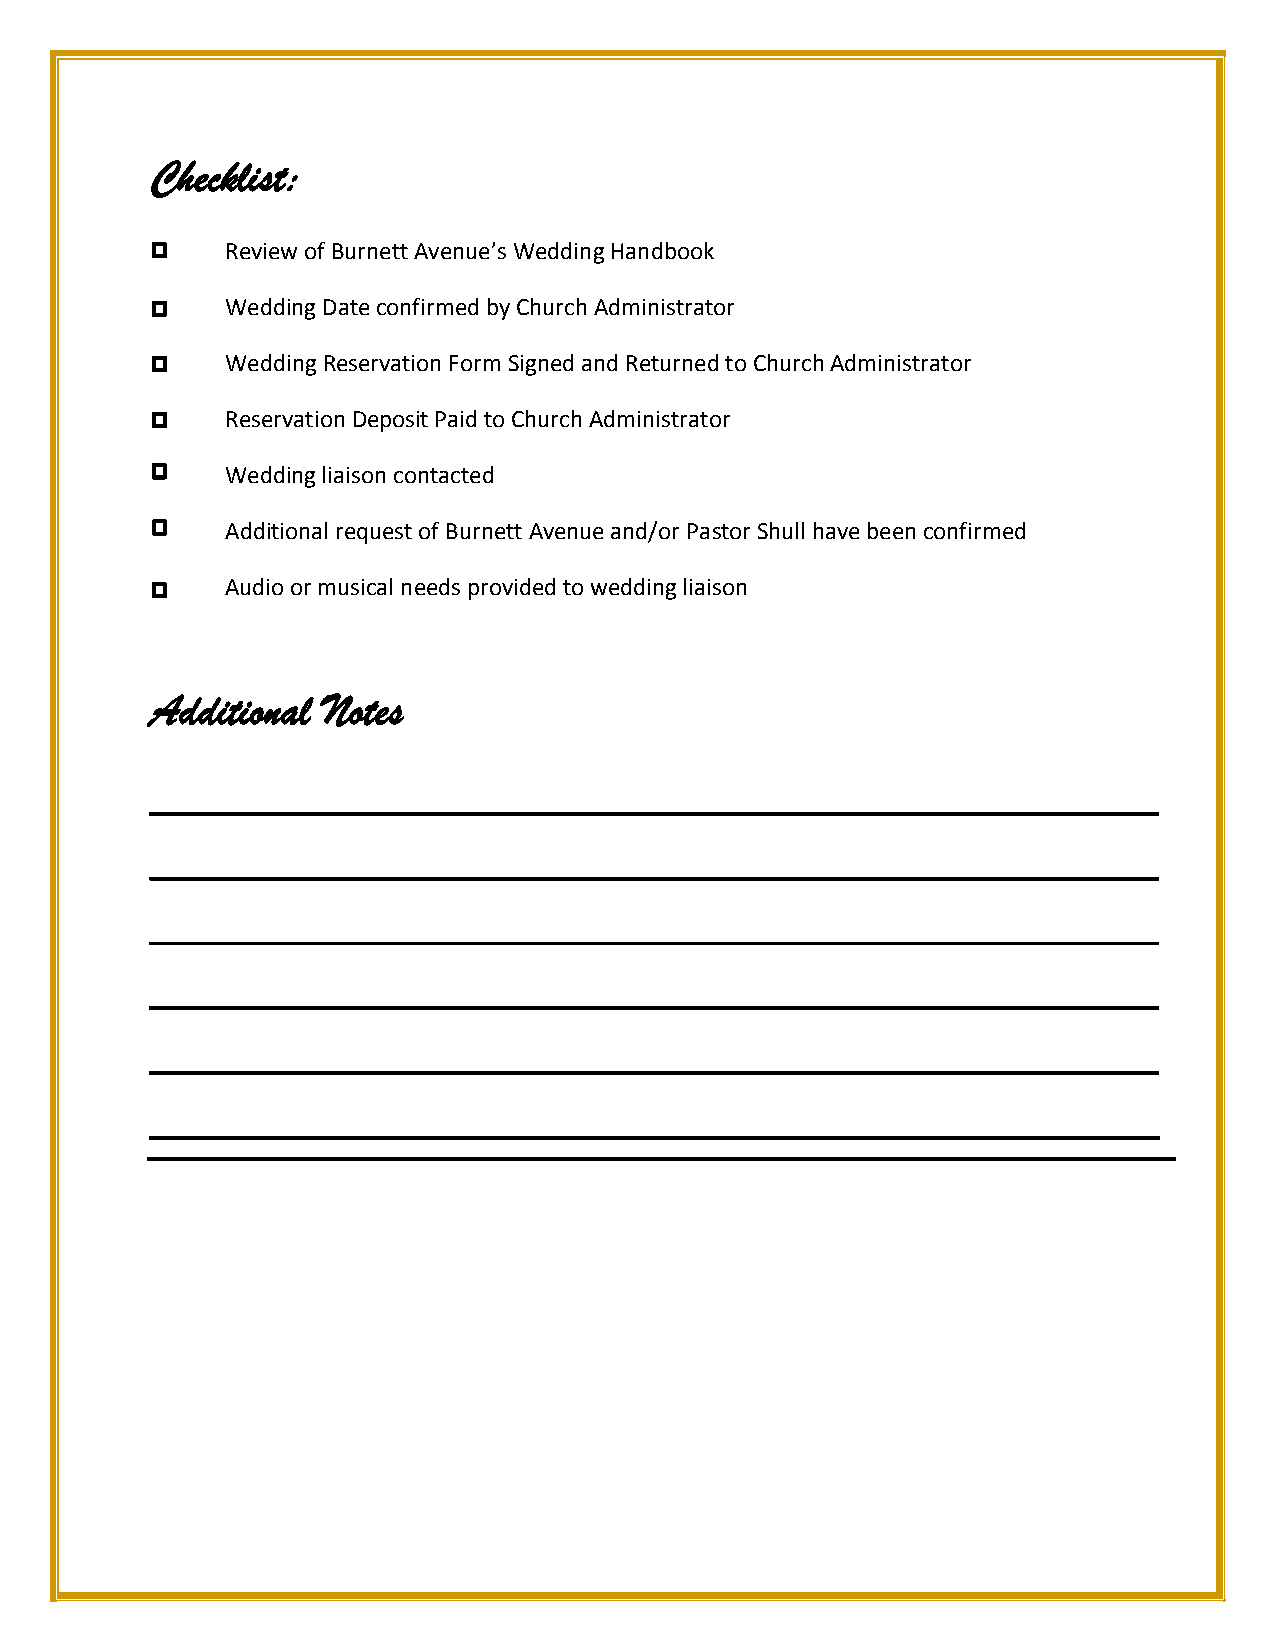
Checklist:
 Review of Burnett Avenue’s Wedding Handbook
 Wedding Date confirmed by Church Administrator
 Wedding Reservation Form Signed and Returned to Church Administrator
 Reservation Deposit Paid to Church Administrator
 Wedding liaison contacted
 Additional request of Burnett Avenue and/or Pastor Shull have been confirmed
 Audio or musical needs provided to wedding liaison
 Additional Notes
 ____________________________________________
 ____________________________________________
 ____________________________________________
 ____________________________________________
 ____________________________________________
 ____________________________________________